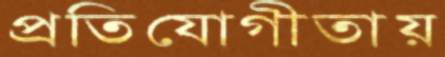
প্রতিযোগীতায়